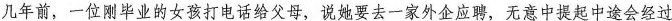
几年前，一位刚毕业的女孩打电话给父母，说她要去一家外企应聘，无意中提起中途会经过